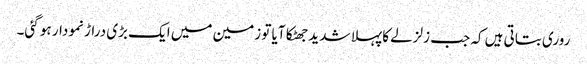
روری بتاتی ہیں کہ جب زلزلے کا پہلا شدید جھٹکا آیا تو زمین میں ایک بڑی دراڑ نمودار ہو گئی۔